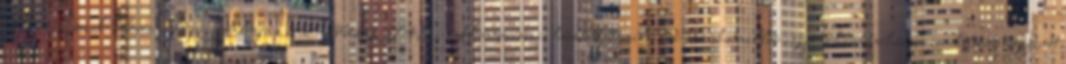
Hajrá, Észak-Korea Hajrá, Alégéria 22056133745 in Hungarian is húszonkettőmilliárd-ötvenhatmillió-egyszázharmincháromezer-hétszáznegyvenöt